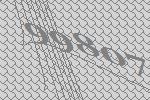
99807